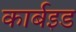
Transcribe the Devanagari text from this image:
कार्बइड